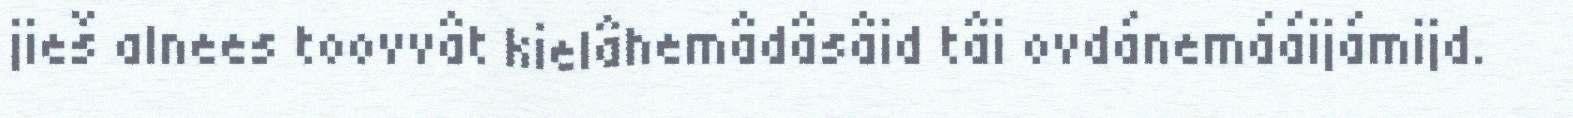
jieš alnees toovvât kielâhemâdâsâid tâi ovdánemááijámijd.